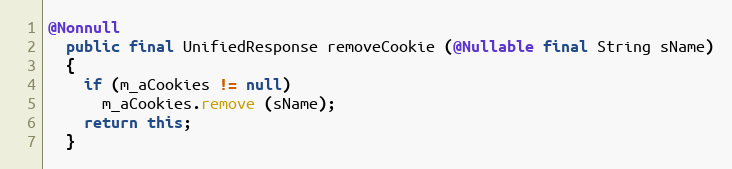
Language: Java
@Nonnull
  public final UnifiedResponse removeCookie (@Nullable final String sName)
  {
    if (m_aCookies != null)
      m_aCookies.remove (sName);
    return this;
  }